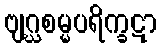
ဗျဂ္ဃစမ္မပရိက္ခဋာ